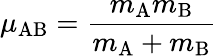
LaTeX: \mu_{\mathrm{AB}}={\frac{{m_{\mathrm{A}}}{m_{\mathrm{B}}}}{{m_{\mathrm{A}}}+{m_{\mathrm{B}}}}}